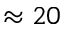
\approx 2 0